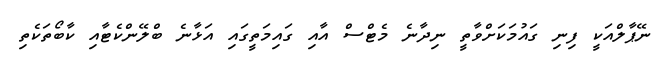
ނޭޕާލްއަކީ ފިނި ގައުމަކަށްވާތީ ނިދާނެ މެޓްސް އާއި ގައިމަތީގައި އަޅާނެ ބްލޭންކެޓާއި ކާބޯތަކެތި